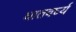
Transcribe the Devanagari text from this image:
घातवर्घ्य